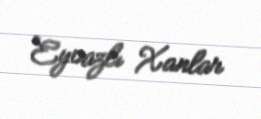
Eyvazlı Xanlar